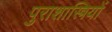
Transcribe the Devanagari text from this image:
पुराशास्त्रियों